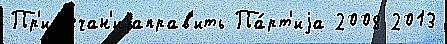
Пр'им'ечан'иjаправ'ить Па́рт'иjа 2008 2013